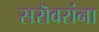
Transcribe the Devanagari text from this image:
सरॊवरांना